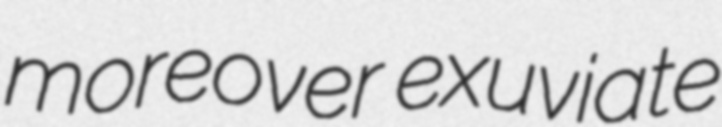
moreover exuviate